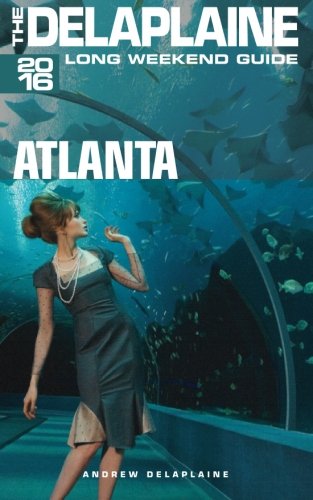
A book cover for ATLANTA - The Delaplaine 2016 Long Weekend Guide (Long Weekend Guides); Andrew Delaplaine; Travel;